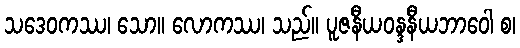
သဒေဝကဿ၊ သော။ လောကဿ၊ သည်။ ပူဇနီယဝန္ဒနီယဘာဝေါ စ၊